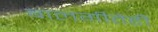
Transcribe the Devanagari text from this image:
बालगीतेही